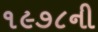
૧૯૭૮ની